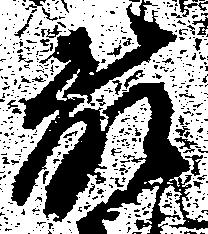
藤